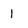
Character: 1